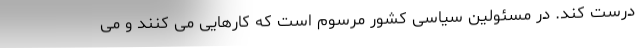
درست کند. در مسئولین سیاسی کشور مرسوم است که کارهایی می کنند و می